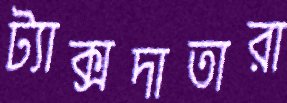
ট্যাক্সদাতারা